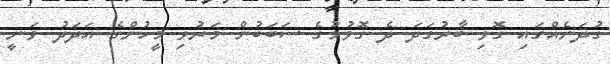
ގުދަނެއްގައި ގޮވި ބާރުގަދަ ދެ ގޮވުމުގެ ސަބަބުން މަރުވި މީހުންގެ އަދަދު ވަނީ